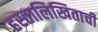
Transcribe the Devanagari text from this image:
हस्तालिखिताची